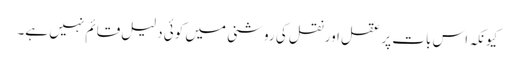
کیونکہ اس بات پر عقل اور نقل کی روشنی میں کوئی دلیل قائم نہیں ہے۔